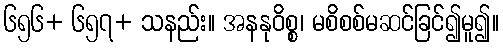
၆၅၆+ ၆၅၇+ သနည်း။ အနနုဝိစ္စ၊ မစိစစ်မဆင်ခြင်၍မူ၍။